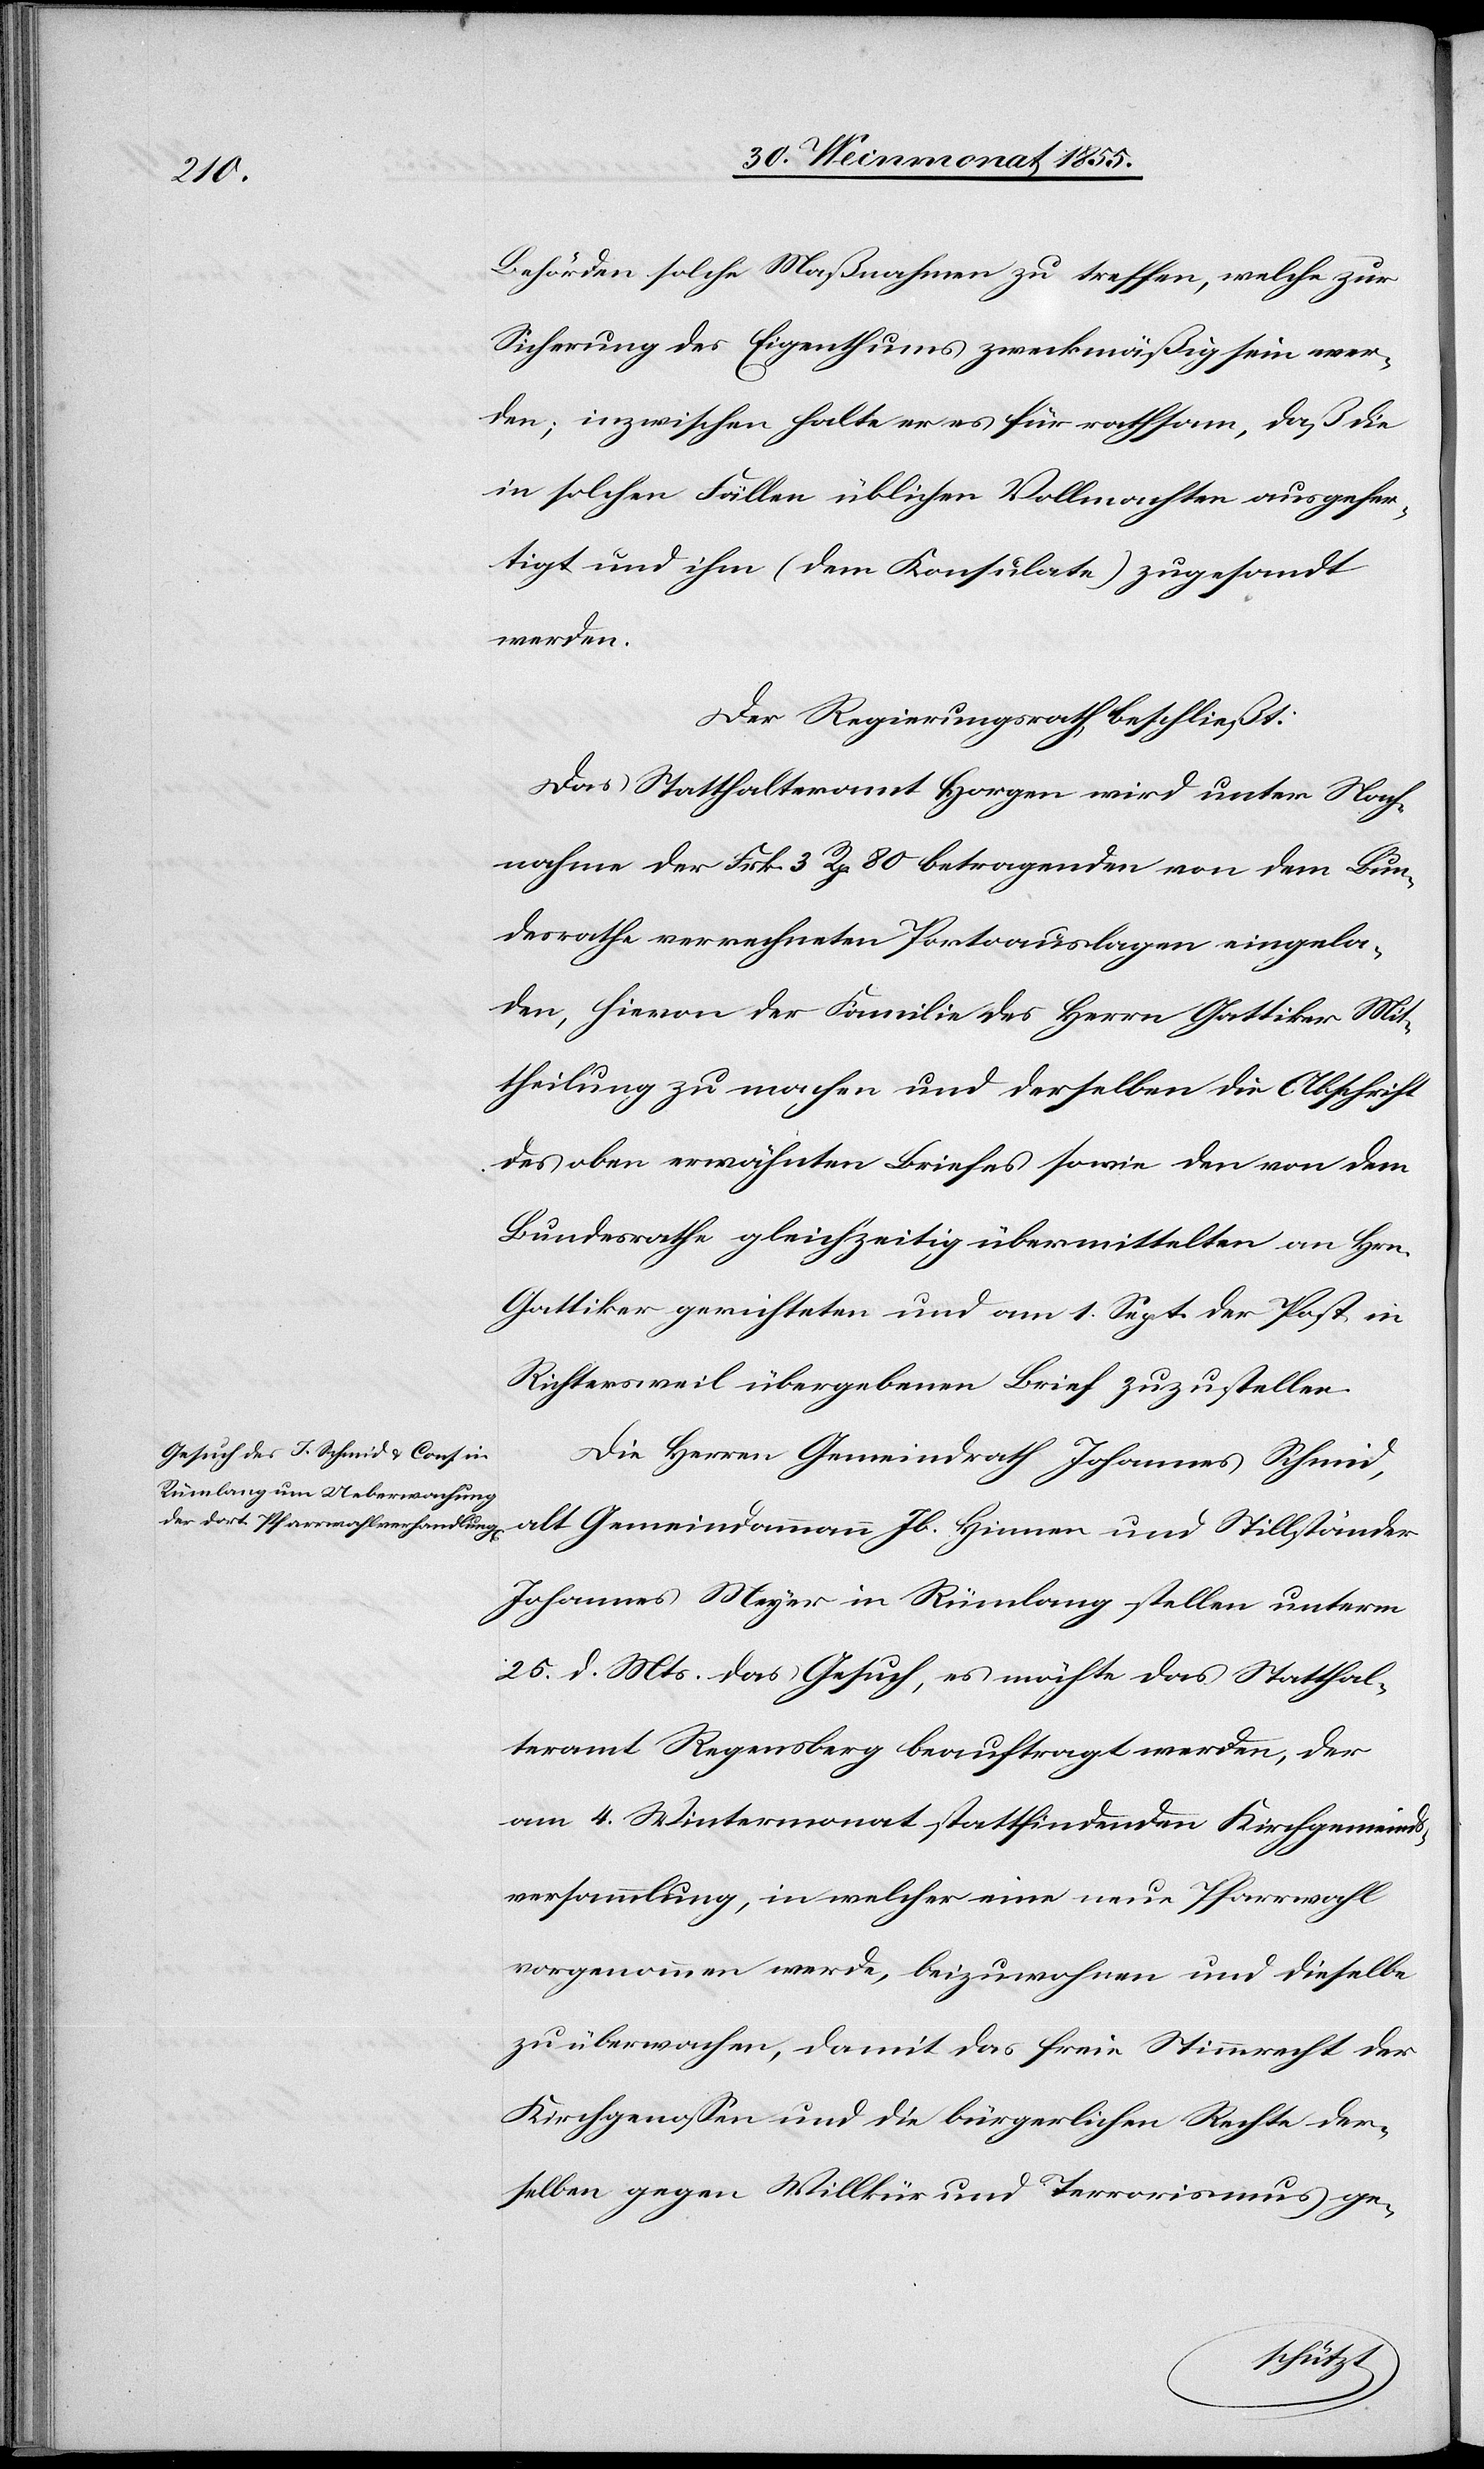
Behörden solche Maßnahmen zu treffen, welche zur
Sicherung des Eigenthums zweckmäßig sein wer¬
den; inzwischen halte er es für rathsam, daß die
in solchen Fällen üblichen Vollmachten ausgefer¬
tigt und ihm (dem Konsulate) zugesandt
werden.
Der Regierungsrath beschließt:
Das Statthalteramt Horgen wird unter Nach¬
nahme der Frk. 3 Rp. 80 betragenden von dem Bun¬
desrathe verrechneten Portoauslagen eingela¬
den, hievon der Familie des Herrn Gattiker Mit¬
theilung zu machen und derselben die Abschrift
des oben erwähnten Briefes sowie den von dem
Bundesrathe gleichzeitig übermittelten an Hrn.
Gattiker gerichteten und am 1. Sept. der Post in
Richtersweil übergebenen Brief zuzustellen.
Die Herren Gemeindrath Johannes Schmid,
alt Gemeindammann Jb. Hinnen und Stillständer
Johannes Meyer in Rümlang stellen unterm
25. d. Mts. das Gesuch, es möchte das Statthal¬
teramt Regensberg beauftragt werden, der
am 4. Wintermonat stattfindenden Kirchgemeinds¬
versammlung, in welcher eine neue Pfarrwahl
vorgenommen werde, beizuwohnen und dieselbe
zu überwachen, damit das freie Stimmrecht der
Kirchgenossen und die bürgerlichen Rechte der¬
selben gegen Willkür und Terrorismus ge-